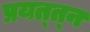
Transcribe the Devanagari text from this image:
प्रयत्त्‍न